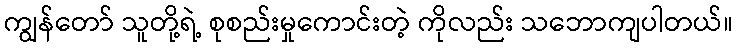
ကျွန်တော် သူတို့ရဲ့ စုစည်းမှုကောင်းတဲ့ ကိုလည်း သဘောကျပါတယ်။